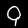
Digit: 9